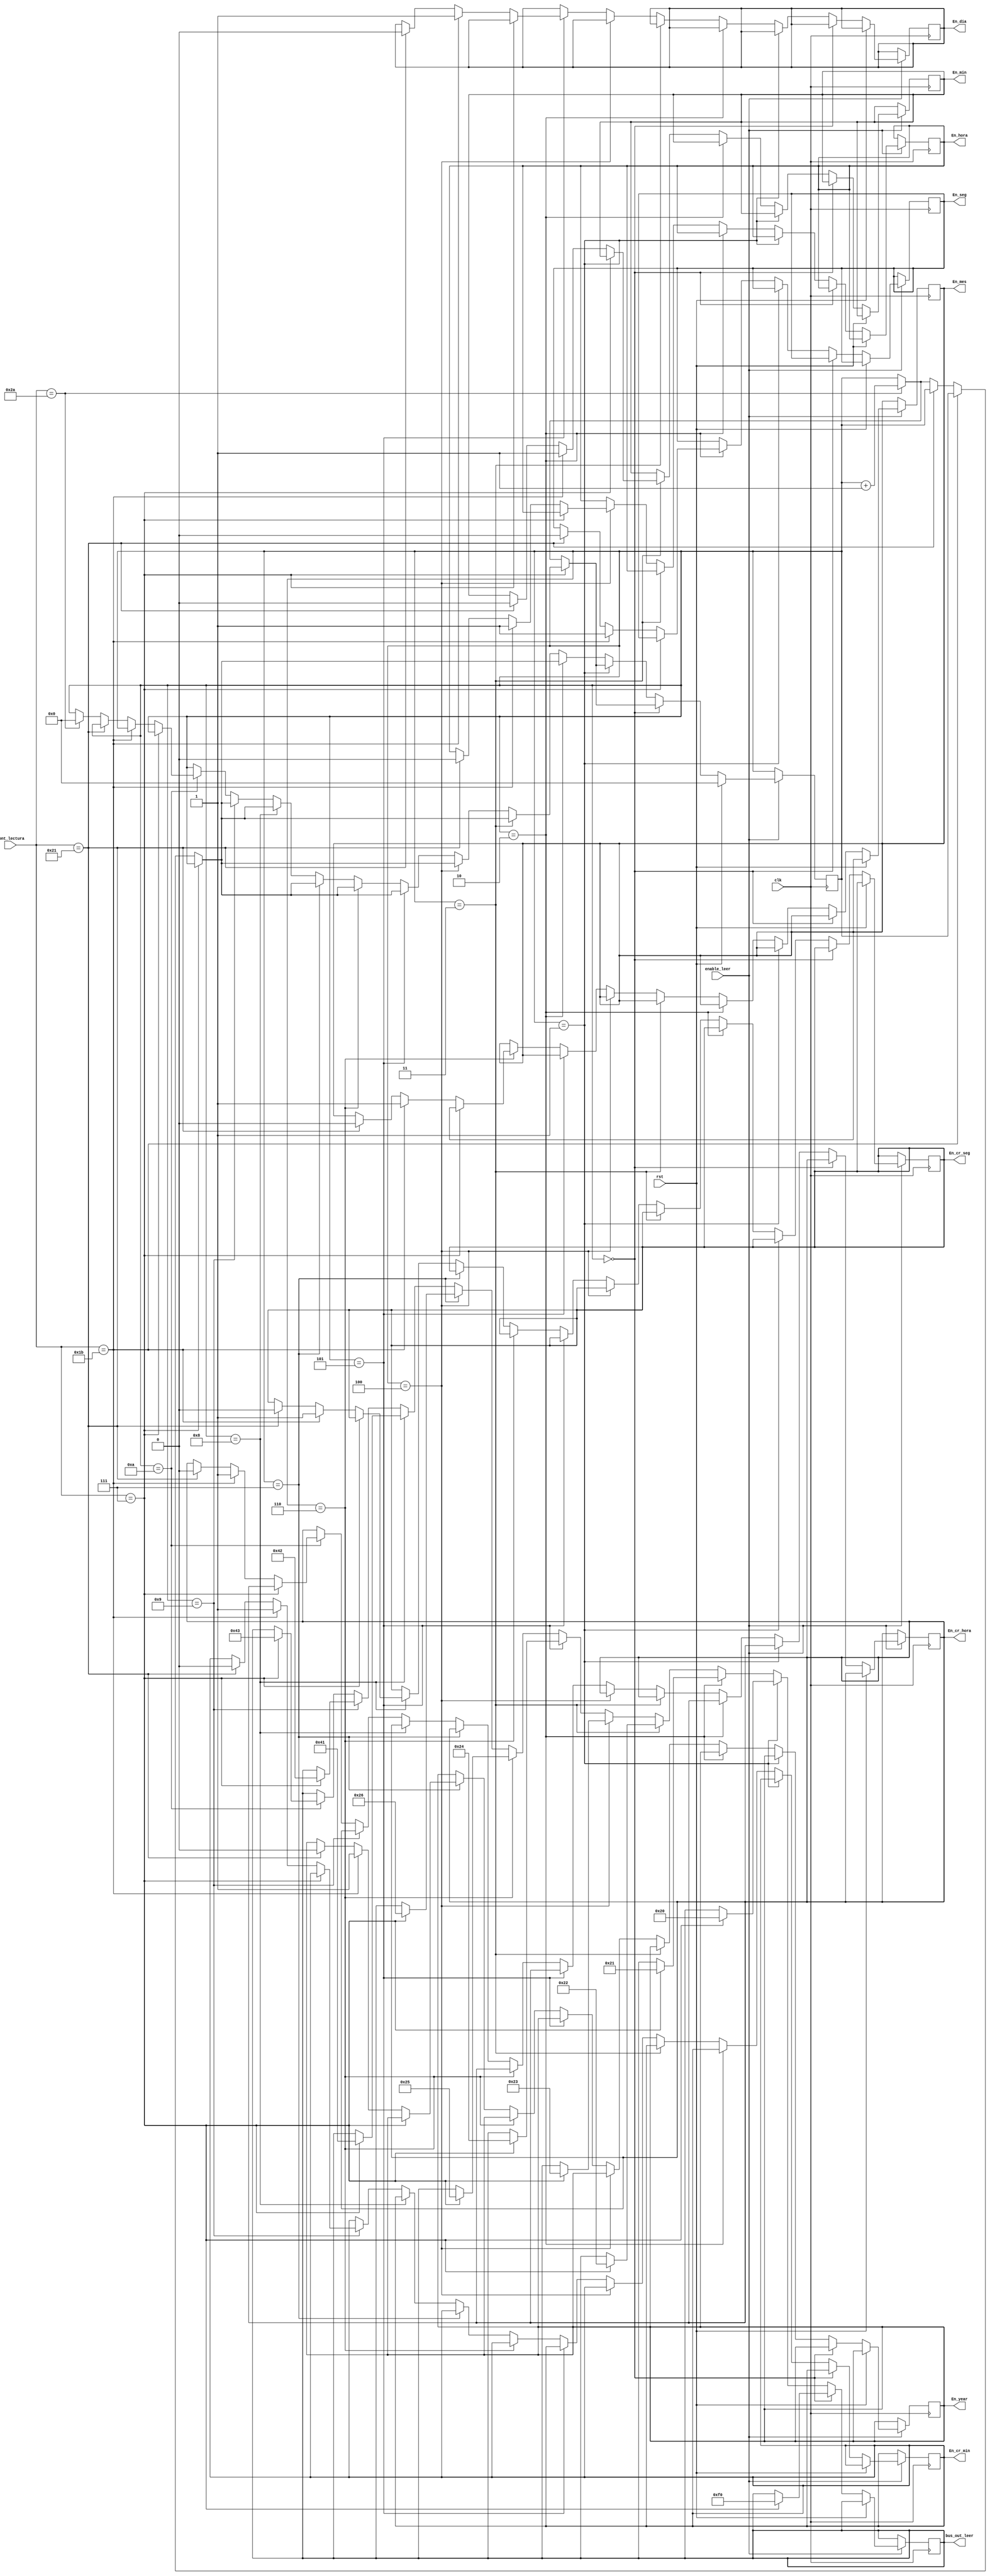
`timescale 1ns / 1ps
//Este mdulo se utiliza para definir el orden y los tiempos en el que el programa le solicita datos al RTC
module Secuencia_leer(
	 input clk, rst, //Seales de reloj y reset del sistema
    input enable_leer, //Seal que proviene de la FSM
	 input [5:0]cont_lectura, //Seal del bloque Signal_Control_Lectura
    output  [7:0] bus_out_leer, //Bus de salida con la secuencia de los datos
	 output reg En_seg, En_min, En_hora, En_dia, En_mes, En_year, En_cr_seg, En_cr_min, En_cr_hora //Seales de habilitacin 
	 //para los registros del Banco de Registros
    );
	 
reg [7:0] bus_out;
reg [3:0]cont_leer;

always @(posedge clk)
if (enable_leer==1'b1)begin //Si la seal de enable de la FSM se encuentra activa:
	if (rst)	cont_leer<=4'b0;
	else if (cont_leer==4'd0) begin
		if (cont_lectura==6'd7) bus_out<=8'hF0; // Se envia el comando de transferencia de datos F0
		else if (cont_lectura==6'd42) cont_leer<=cont_leer+4'd1; end 
		
	else if (cont_leer==4'd1) begin
		if (cont_lectura==6'd7) bus_out<=8'h20; // 1/100 sec
		else if (cont_lectura==6'd42) cont_leer<=cont_leer+4'd1; end 
		
	else if (cont_leer==4'd2) begin
		if (cont_lectura==6'd7) bus_out<=8'h21; // Se envia la Direccion seg
		else if (cont_lectura==6'd27) En_seg=1;
		else if (cont_lectura==6'd33) En_seg=0;
		else if (cont_lectura==6'd42) cont_leer<=cont_leer+4'd1; end 
	
	else if (cont_leer==4'd3) begin
		if (cont_lectura==6'd7) bus_out<=8'h22; //Se envia la Direccion min
		else if (cont_lectura==6'd27) En_min=1;
		else if (cont_lectura==6'd33) En_min=0;
		else if (cont_lectura==6'd42) cont_leer<=cont_leer+4'd1; end 
	
	else if (cont_leer==4'd4) begin
		if (cont_lectura==6'd7) bus_out<=8'h23; //Se envia la Direccion hora 
		else if (cont_lectura==6'd27) En_hora=1;
		else if (cont_lectura==6'd33) En_hora=0;
		else if (cont_lectura==6'd42) cont_leer<=cont_leer+4'd1; end
	
	else if (cont_leer==4'd5) begin
		if (cont_lectura==6'd7) bus_out<=8'h24; //Se envia la Direccion dia
		else if (cont_lectura==6'd27) En_dia=1;
		else if (cont_lectura==6'd33) En_dia=0;
		else if (cont_lectura==6'd42) cont_leer<=cont_leer+4'd1; end
	
	else if (cont_leer==4'd6) begin
		if (cont_lectura==6'd7) bus_out<=8'h25; //Se envia la Direccion mes
		else if (cont_lectura==6'd27) En_mes=1;
		else if (cont_lectura==6'd33) En_mes=0;
		else if (cont_lectura==6'd42) cont_leer<=cont_leer+4'd1; end
		
	else if (cont_leer==4'd7) begin
		if (cont_lectura==6'd7) bus_out<=8'h26; //Se envia la Direcciones year
		else if (cont_lectura==6'd27) En_year=1;
		else if (cont_lectura==6'd33) En_year=0;
		else if (cont_lectura==6'd42) cont_leer<=cont_leer+4'd1; end
		
	else if (cont_leer==4'd8) begin
		if (cont_lectura==6'd7) bus_out<=8'h41; //Se envia la Direcciones segundos crono
		else if (cont_lectura==6'd27) En_cr_seg=1;
		else if (cont_lectura==6'd33) En_cr_seg=0;
		else if (cont_lectura==6'd42) cont_leer<=cont_leer+4'd1; end

	else if (cont_leer==4'd9) begin
		if (cont_lectura==6'd7) bus_out<=8'h42; //Se envia la Direcciones minutos crono
		else if (cont_lectura==6'd27) En_cr_min=1;
		else if (cont_lectura==6'd33) En_cr_min=0;
		else if (cont_lectura==6'd42) cont_leer<=cont_leer+4'd1; end
		
	else if (cont_leer==4'd10) begin
		if (cont_lectura==6'd7) bus_out<=8'h43; //Se envia la Direcciones horas crono
		else if (cont_lectura==6'd27) En_cr_hora=1;
		else if (cont_lectura==6'd33) En_cr_hora=0;
		else if (cont_lectura==6'd42) begin cont_leer<=4'd0;end 
	
	end
	//Siempre que el contador llega a 42 significa que ha terminado la secuencia por lo que vuelve el contador a 0	

end
assign bus_out_leer=bus_out;
endmodule